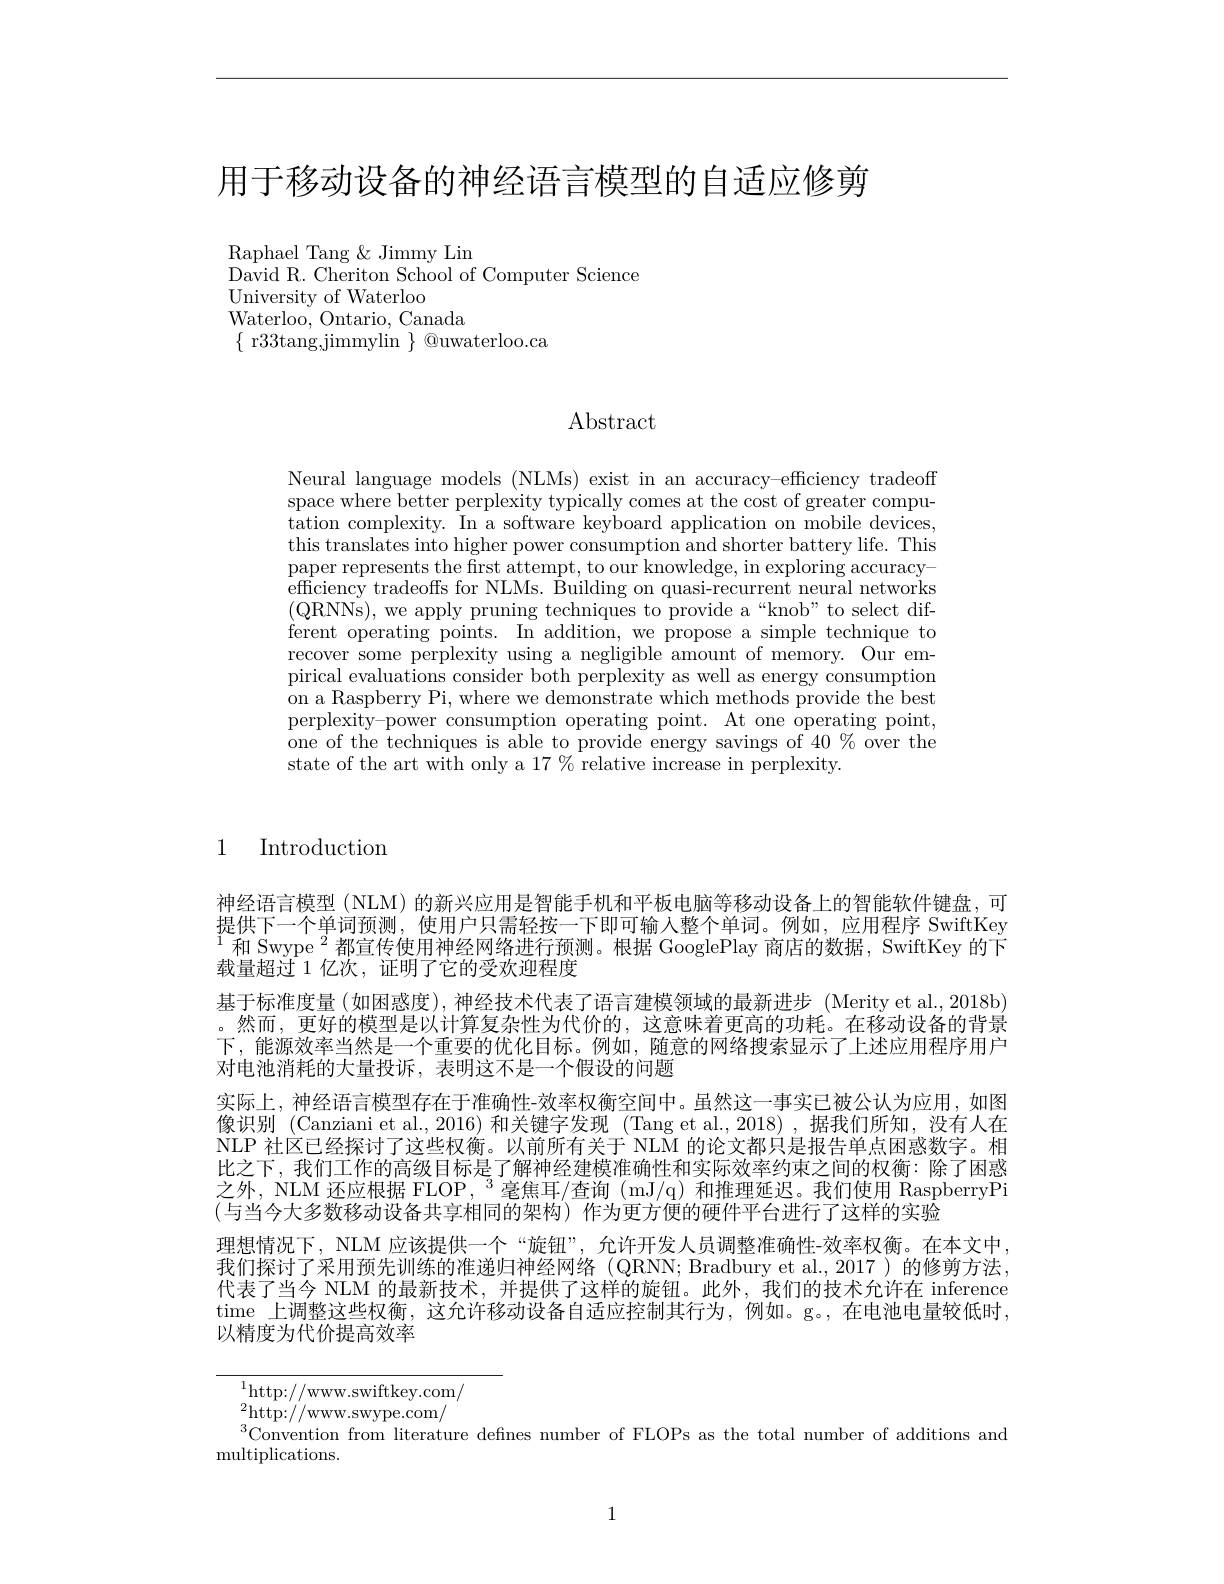
用于移动设备的神经语言模型的自适应修剪

Raphael Tang $\&$ Jimmy Lin
David R. Cheriton School of Computer Science
University of Waterloo
Waterloo, Ontario, Canada
$\{$ r33tang,jimmylin $\}$ @uwaterloo.ca

Abstract

Neural language models (NLMs) exist in an accuracy-efficiency tradeoff space where better perplexity typically comes at the cost of greater computation complexity. In a software keyboard application on mobile devices, this translates into higher power consumption and shorter battery life. This paper represents the first attempt, to our knowledge, in exploring accuracyefficiency tradeoffs for NLMs. Building on quasi-recurrent neural networks (QRNNs),we apply pruning techniques to provide a“knob”to select different operating points. In addition, we propose a simple technique to recover some perplexity using a negligible amount of memory. Our empirical evaluations consider both perplexity as well as energy consumption on a Raspberry Pi, where we demonstrate which methods provide the best perplexity-power consumption operating point. At one operating point, one of the techniques is able to provide energy savings of 40% over the state of the art with only a 17 % relative increase in perplexity.

1 Introduction

神经语言模型 (NLM) 的新兴应用是智能手机和平板电脑等移动设备上的智能软件键盘，可提供下一个单词预测，使用户只需轻按一下即可输入整个单词。例如，应用程序 SwiftKey $^{1}$和 Swype $^2$都宣传使用神经网络进行预测。根据 GooglePlay 商店的数据，SwiftKey 的下载量超过 1 亿次，证明了它的受欢迎程度
基于标准度量(如困惑度),神经技术代表了语言建模领域的最新进步 (Merity et al.,2018b) 。然而，更好的模型是以计算复杂性为代价的，这意味着更高的功耗。在移动设备的背景下，能源效率当然是一个重要的优化目标。例如，随意的网络搜索显示了上述应用程序用户对电池消耗的大量投诉，表明这不是一个假设的问题
实际上，神经语言模型存在于准确性-效率权衡空间中。虽然这一事实已被公认为应用，如图像识别 (Canziani et al.,2016) 和关键字发现 (Tang et al.,2018),据我们所知，没有人在NLP 社区已经探讨了这些权衡。以前所有关于 NLM 的论文都只是报告单点困惑数字。相比之下，我们工作的高级目标是了解神经建模准确性和实际效率约束之间的权衡：除了困惑之外，NLM 还应根据 FLOP, $^3$毫焦耳/查询 (mJ/q) 和推理延迟。我们使用 RaspberryPi (与当今大多数移动设备共享相同的架构)作为更方便的硬件平台进行了这样的实验
理想情况下，NLM 应该提供一个“旋钮”, 允许开发人员调整准确性-效率权衡。在本文中， 我们探讨了采用预先训练的准递归神经网络(QRNN; Bradbury et al.,2017)的修剪方法， 代表了当今 NLM 的最新技术，并提供了这样的旋钮。此外，我们的技术允许在 inference time 上调整这些权衡，这允许移动设备自适应控制其行为，例如。g。,在电池电量较低时， 以精度为代价提高效率

$^{1}$http://www.swiftkey.com/ ${}_{3}^{2}{\mathrm{http:}}//{\mathrm{www.swype.com/}}$ $^{3}$Convention from literature defines number of FLOPs as the total number of additions and
${\mathrm{multiplications.}}$

1